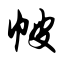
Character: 帔